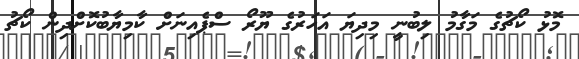
މޮޅު ކޯޗުގެ މަގާމު ލިބުނީ މިދިޔަ އަހަރުގެ ޔޫރޯ ސްޕެއިނަށް ކާމިޔާބުކޮށްދިން ކޯޗު